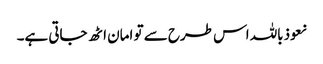
نعوذباللہ اس طرح سے تو امان اٹھ جاتی ہے۔